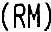
(RM)